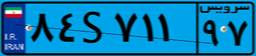
۱۱S۴۲۹۱۴